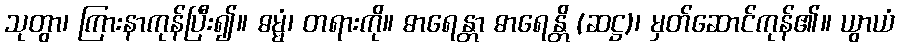
သုတွာ၊ ကြားနာကုန်ပြီး၍။ ဓမ္မံ၊ တရားကို။ ဓာရေန္တာ ဓာရေန္တိ (ဆဋ္ဌ)၊ မှတ်ဆောင်ကုန်၏။ ယွာယံ